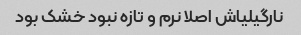
نارگیلیاش اصلا نرم و تازه نبود خشک بود